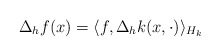
\begin{align*}\Delta_h f(x) = \langle f, \Delta_h k(x,\cdot) \rangle_{H_k}\end{align*}